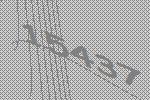
15437